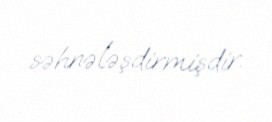
səhnələşdirmişdir.